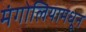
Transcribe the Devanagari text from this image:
मंगोलियामधून